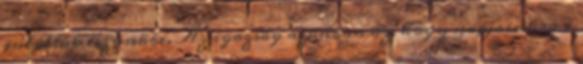
jutottak eszünkbe. Az igazság azonban az, hogy napjainkra a